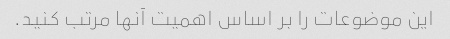
این موضوعات را بر اساس اهمیت آنها مرتب کنید.